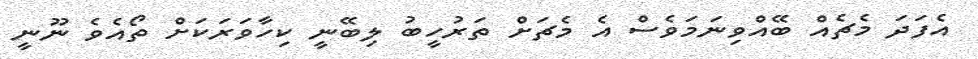
އެފަދަ މެޗެއް ބޭއްވިނަމަވެސް އެ މެޗަށް ތަރުހީބު ލިބޭނީ ކިހާވަރަކަށް ތޯއެވެ ނޫނީ